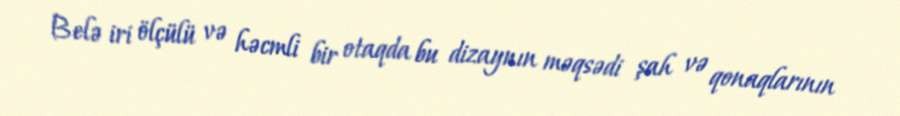
Belə iri ölçülü və həcmli bir otaqda bu dizaynın məqsədi şah və qonaqlarının